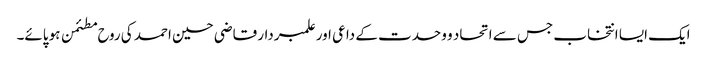
ایک ایسا انتخاب جس سے اتحاد و وحدت کے داعی اور علمبردار قاضی حسین احمد کی روح مطئمن ہو پائے۔